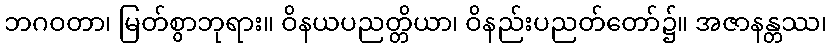
ဘဂဝတာ၊ မြတ်စွာဘုရား။ ဝိနယပညတ္တိယာ၊ ဝိနည်းပညတ်တော်၌။ အဇာနန္တဿ၊